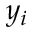
y _ { i }